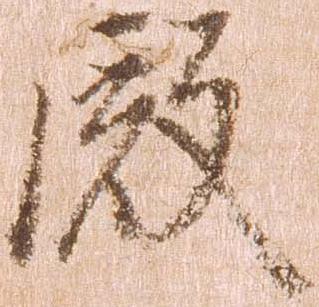
殿